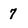
Character: 7